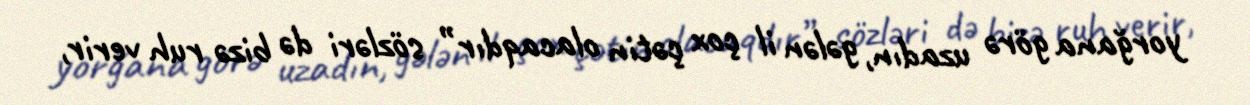
yorğana görə uzadın, gələn il çox çətin olacaqdır” sözləri də bizə ruh verir,